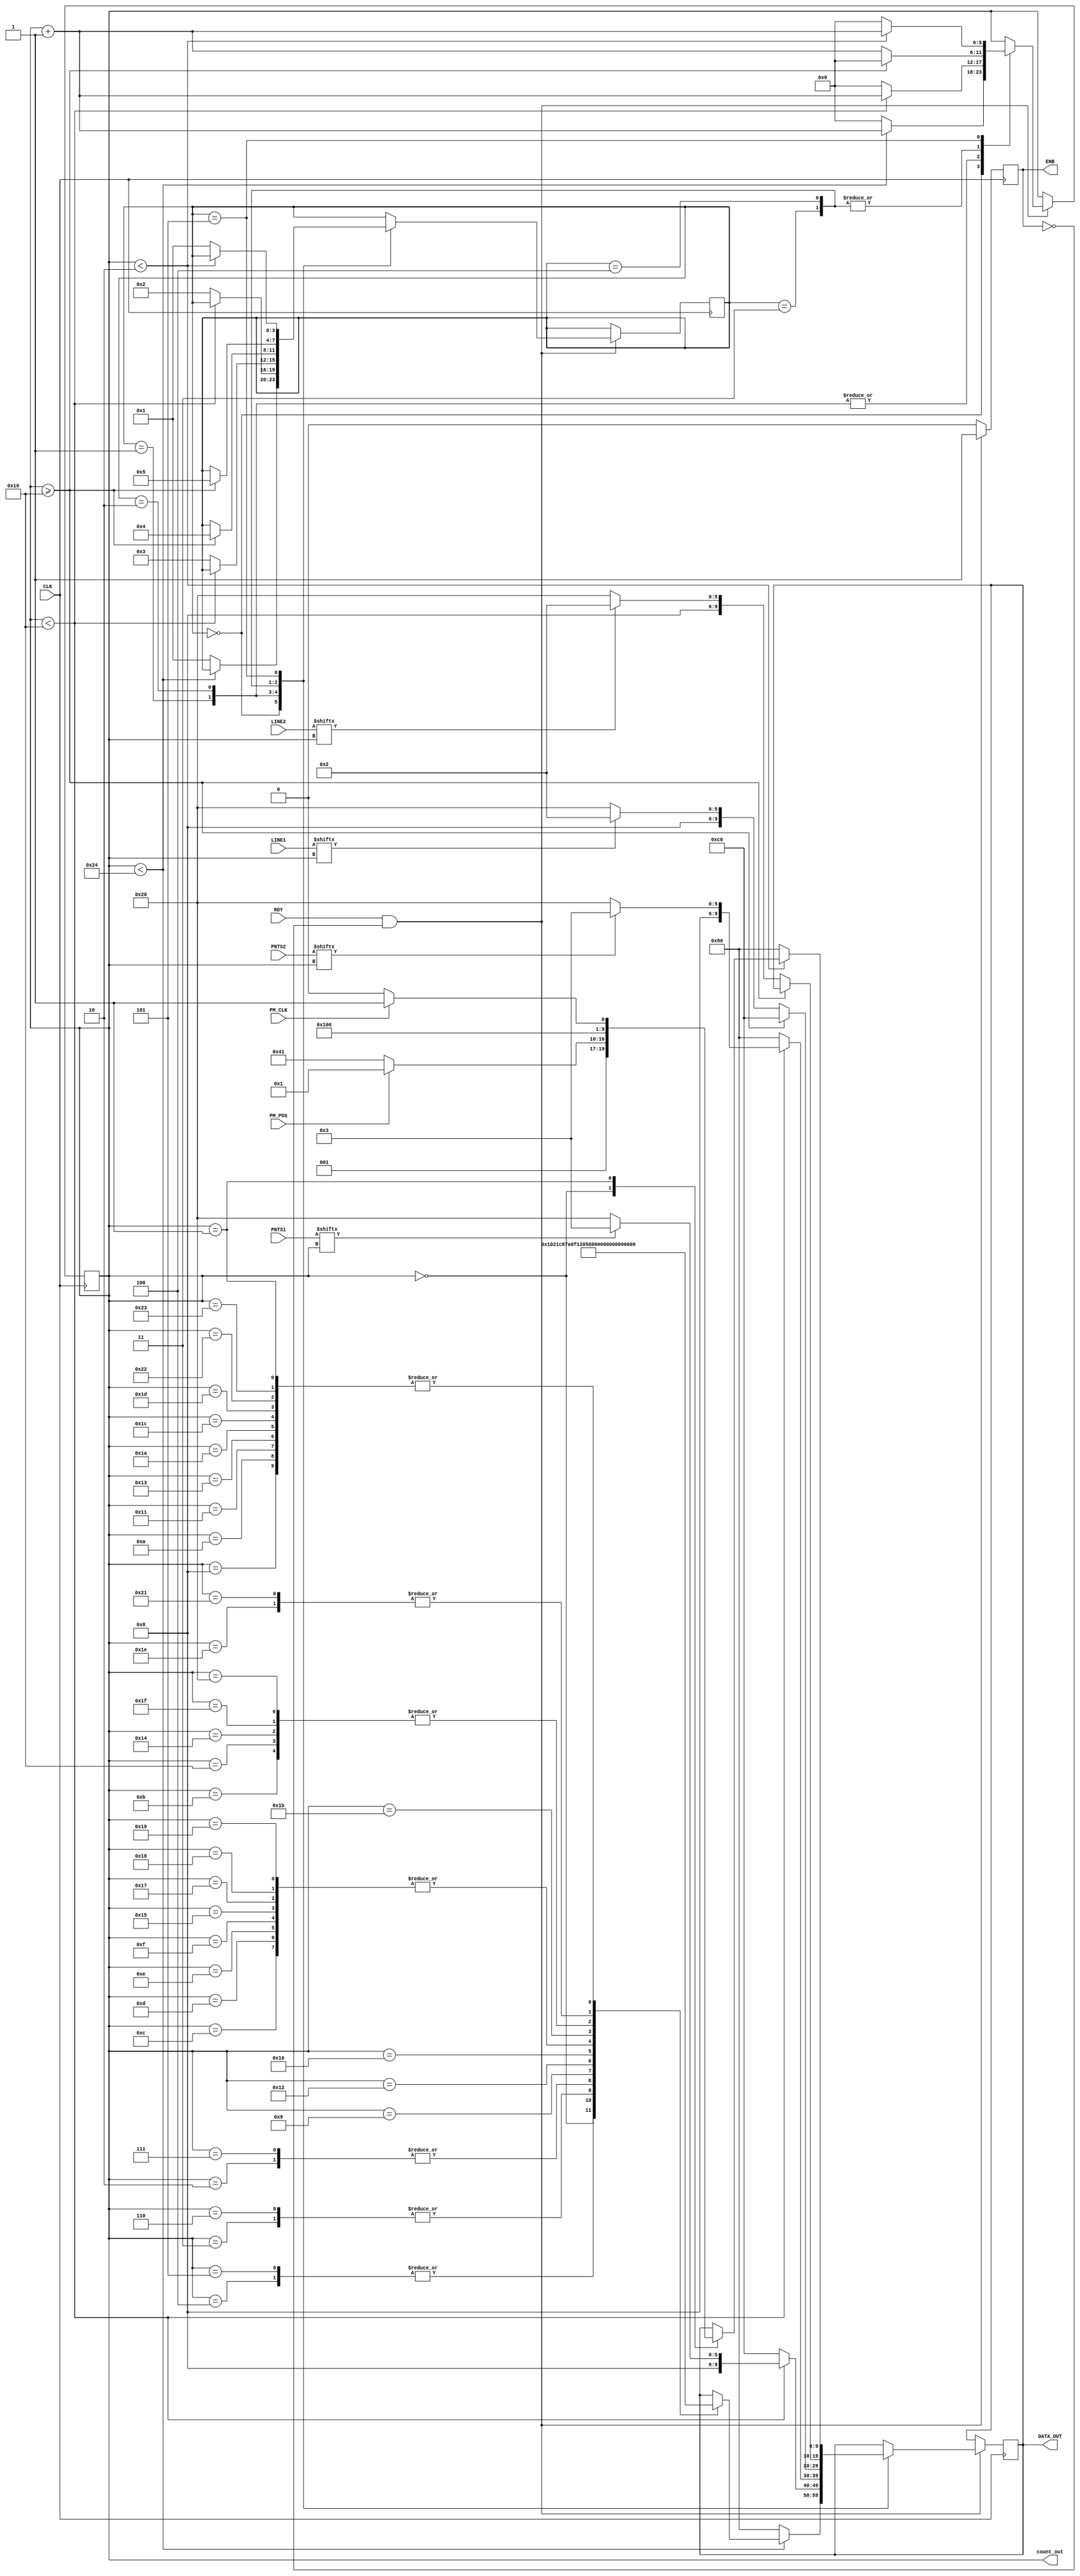
`timescale 1us / 1ps

module Print_Characters(CLK, LINE1, LINE2, PNTS1, PNTS2, PM_CLK, PM_POS, RDY, DATA_OUT, ENB, count_out);
	
	input CLK;
	input [15:0] LINE1, LINE2, PNTS1, PNTS2;
	input RDY, PM_CLK, PM_POS;
	
	output [5:0] count_out;
	
	output reg [9:0] DATA_OUT;
	output reg ENB;
	
	reg [5:0] COUNTER = 1'b0;
	reg [3:0] STATE = 1'b0;
	
	assign count_out = COUNTER;
	
	always @(posedge CLK) begin
		if(RDY == 1'b1 && ENB == 1'b0) begin
			ENB = 1'b1;			
			case(STATE)
				0: begin
					case(COUNTER)
						0:	DATA_OUT = 10'b0001000000;	
						1:	DATA_OUT = 10'b1000000000;	
						2:	DATA_OUT = 10'b1000001111;	
						3:	DATA_OUT = 10'b1000011110;	
						4:	DATA_OUT = 10'b1000011100;
						5:	DATA_OUT = 10'b1000011100;	
						6:	DATA_OUT = 10'b1000011110;	
						7:	DATA_OUT = 10'b1000001111;	
						8:	DATA_OUT = 10'b1000000000;	
							
						9:	DATA_OUT = 10'b0001001000;	
						10:DATA_OUT = 10'b1000000000;	
						11:DATA_OUT = 10'b1000001110;
						12:DATA_OUT = 10'b1000011111;
						13:DATA_OUT = 10'b1000011111;
						14:DATA_OUT = 10'b1000011111;
						15:DATA_OUT = 10'b1000011111;
						16:DATA_OUT = 10'b1000001110;
						17:DATA_OUT = 10'b1000000000;
								
						18:DATA_OUT = 10'b0001010000;	
						19:DATA_OUT = 10'b1000000000;	
						20:DATA_OUT = 10'b1000001110;
						21:DATA_OUT = 10'b1000011111;
						22:DATA_OUT = 10'b1000010101;
						23:DATA_OUT = 10'b1000011111;
						24:DATA_OUT = 10'b1000011111;
						25:DATA_OUT = 10'b1000011111;
						26:DATA_OUT = 10'b1000000000;	
						
						27:DATA_OUT = 10'b0001011000;	
						28:DATA_OUT = 10'b1000000000;	
						29:DATA_OUT = 10'b1000000000;
						30:DATA_OUT = 10'b1000000100;
						31:DATA_OUT = 10'b1000001110;
						32:DATA_OUT = 10'b1000001110;
						33:DATA_OUT = 10'b1000000100;	
						34:DATA_OUT = 10'b1000000000;	
						35:DATA_OUT = 10'b1000000000;
					endcase
					
					if(COUNTER < 36)
						COUNTER = COUNTER + 1'b1;
					else begin
						DATA_OUT = 10'b0010000000;
						STATE = 3'b001;
						COUNTER = 1'b0;
					end
				end
				//---------------------------------------------------------------------------------------
				1: begin
					if(PNTS1[COUNTER] == 1'b1)
						DATA_OUT = 10'b1000000011;
					else if(PNTS1[COUNTER] == 1'b0)
						DATA_OUT = 10'b1000100000;
						
					if(COUNTER < 16)
						COUNTER = COUNTER + 1'b1;
					else begin
						DATA_OUT = 10'b0011000000;
						COUNTER = 1'b0;
						STATE = 3'b010;
					end
				end
				//---------------------------------------------------------------------------------------
				2: begin
					if(PNTS2[COUNTER] == 1'b1)
						DATA_OUT = 10'b1000000011;
					else if(PNTS2[COUNTER] == 1'b0)
						DATA_OUT = 10'b1000100000;
							
					if(COUNTER < 16)
						COUNTER = COUNTER + 1'b1;
					else begin
						DATA_OUT = 10'b0010000000;
						COUNTER = 1'b0;
						STATE = 3'b011;
					end
				end
				//---------------------------------------------------------------------------------------
				3: begin
					if(COUNTER >= 16) begin
						DATA_OUT = 10'b0011000000;
						COUNTER = 1'b0;
						STATE = 3'b100;
					end
					else begin
						if(LINE1[COUNTER] == 1'b1)
							DATA_OUT = 10'b1000000010;
						else if(LINE1[COUNTER] == 1'b0)
							DATA_OUT = 10'b1000100000;
							
							COUNTER = COUNTER + 1'b1;
					end
				end
				//---------------------------------------------------------------------------------------
				4: begin
					if(COUNTER >= 16) begin
						COUNTER = 1'b0;
						STATE = 3'b101;
					end
					else begin
						if(LINE2[COUNTER] == 1'b1)
							DATA_OUT = 10'b1000000010;
						else if(LINE2[COUNTER] == 1'b0)
							DATA_OUT = 10'b1000100000;
							
						COUNTER = COUNTER + 1'b1;
					end
				end
				//---------------------------------------------------------------------------------------
				5: begin
					case(COUNTER) 
						0: begin
							if(PM_POS == 1'b1)
								DATA_OUT = 10'b0010000001;
							else if (PM_POS == 1'b0)
								DATA_OUT = 10'b0011000001;
						end
						1: begin
							if(PM_CLK == 1'b0)
								DATA_OUT = 10'b1000000000;
							else if (PM_CLK == 1'b1)
								DATA_OUT = 10'b1000000001;
						end
					endcase
					
					if(COUNTER < 2)
						COUNTER = COUNTER + 1'b1;
					else begin
						DATA_OUT = 10'b0010000000;
						STATE = 3'b001;
						COUNTER = 1'b0;
					end
				end
			endcase
		end
		else begin
			ENB = 1'b0;
		end
	end
endmodule